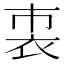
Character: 𧘴